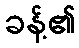
ခန့်၏